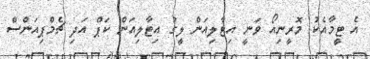
އެ ޓީމާއެކު މޮރީނިއޯ ވަނީ އިޓާލިއަން ލީގު އިޓާލިއަން ކަޕް އަދި ޗެމްޕިއަންސް